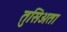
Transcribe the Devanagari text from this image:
तुसिअता